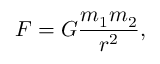
F = G { \frac { m _ { 1 } m _ { 2 } } { r ^ { 2 } } } ,